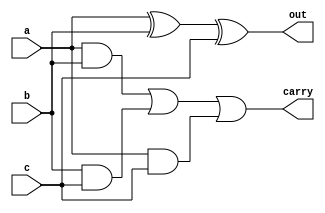
module fulladder (output out, carry, input a,b,c);
assign out = a^b^c;
assign carry = (a&b)|(b&c)|(a&c);
endmodule



module ripple_carry_adder (output [3:0]out, output carry, input [3:0] a, b, input c);
wire c1,c2,c3;

fulladder f1(out[0],c1,a[0],b[0],c);
fulladder f2(out[1],c2,a[1],b[1],c1);
fulladder f3(out[2],c3,a[2],b[2],c2);
fulladder f4(out[3],carry,a[3],b[3],c3);

endmodule



module carry_lookahead_adder (output [3:0]out, output carry, input [3:0] a, b, input c);
wire p0,p1,p2,p3;
wire g0,g1,g2,g3;
wire c1,c2,c3;

// c = g +p.ci

assign g0 = a[0]&b[0];
assign g1 = a[1]&b[1];
assign g2 = a[2]&b[2];
assign g3 = a[3]&b[3];

assign p0 = a[0]^b[0];
assign p1 = a[1]^b[1];
assign p2 = a[2]^b[2];
assign p3 = a[3]^b[3];

// assign c1 = g0|(p0&c);
// assign c2 = g1|(p1&(g0|(p0&c)));
// assign c3 = g2|(p2&(g1|(p1&(g0|(p0&c)))));

// assign carry = g3|(p3&(g2|(p2&(g1|(p1&(g0|(p0&c)))))));

assign carry = g3 | p3&g2 | p3&p2&g1 | p3&p2&p1&g0 | p3&p2&p1&p0&c;

// assign out[0] = p0^c;
// assign out[1] = p1^(g0|(p0&c));
// assign out[2] = p2^(g1|(p1&(g0|(p0&c))));
// assign out[3] = p3^(g2|(p2&(g1|(p1&(g0|(p0&c))))));

assign out[0] = p0^c;
assign out[1] = (p1^g0) | (p1^(p0&c));
assign out[2] = (p2^g1) | (p2^(p1&g0)) | (p2^(p1&p0&c));
assign out[3] = (p3^g2) | (p3^(p2&g1)) | (p3^(p2&p1&g0)) | (p3^(p2&p1&p0&c));

endmodule